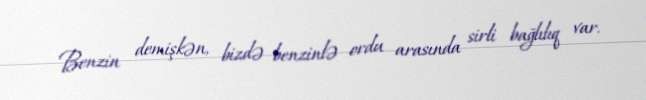
Benzin demişkən, bizdə benzinlə ordu arasında sirli bağlılıq var.